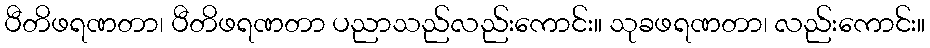
ပီတိဖရဏတာ၊ ပီတိဖရဏတာ ပညာသည်လည်းကောင်း။ သုခဖရဏတာ၊ လည်းကောင်း။